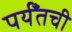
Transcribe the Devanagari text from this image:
पर्यँतची